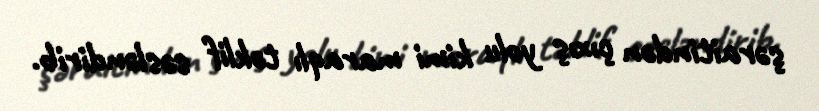
şəraitindən çıxış yolu kimi maraqlı təklif səsləndirib.